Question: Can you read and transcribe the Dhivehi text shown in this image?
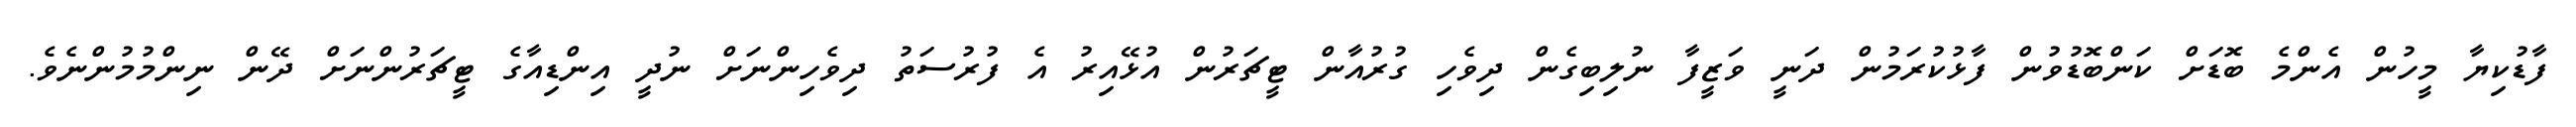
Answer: ފާޑުކިޔާ މީހުން އެންމެ ބޮޑަށް ކަންބޮޑުވުން ފާޅުކުރަމުން ދަނީ ވަޒީފާ ނުލިބިގެން ދިވެހި ގުރުއާން ޓީޗަރުން އުޅޭއިރު އެ ފުރުސަތު ދިވެހިންނަށް ނުދީ އިންޑިއާގެ ޓީޗަރުންނަށް ދޭން ނިންމުމުންނެވެ.